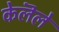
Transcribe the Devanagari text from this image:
केलॆले